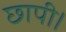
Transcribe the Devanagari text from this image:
छापी।